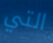
التي